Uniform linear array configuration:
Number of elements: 16
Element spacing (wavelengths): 0.25
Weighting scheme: hann
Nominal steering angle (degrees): -60
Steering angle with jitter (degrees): -60.983
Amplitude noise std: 0.05
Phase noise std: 0.05

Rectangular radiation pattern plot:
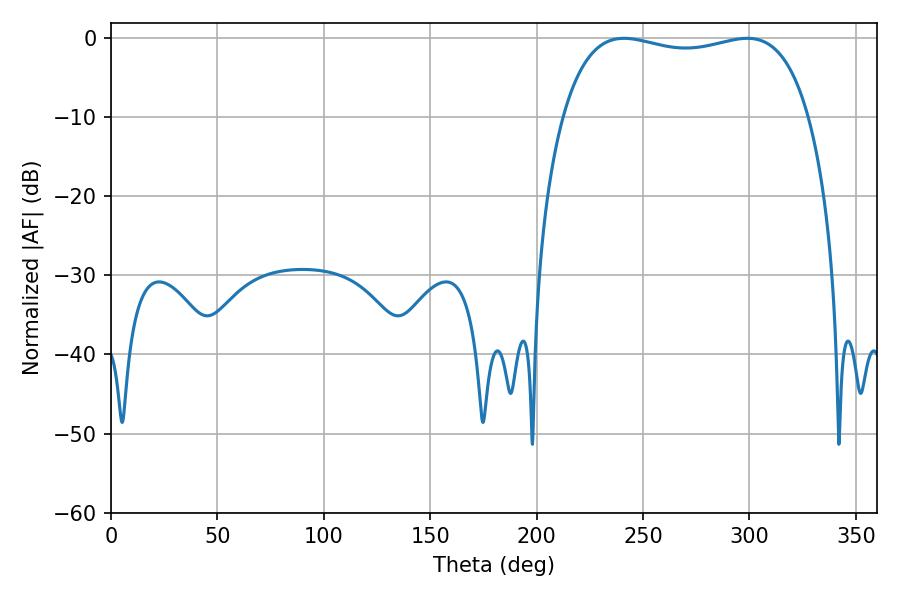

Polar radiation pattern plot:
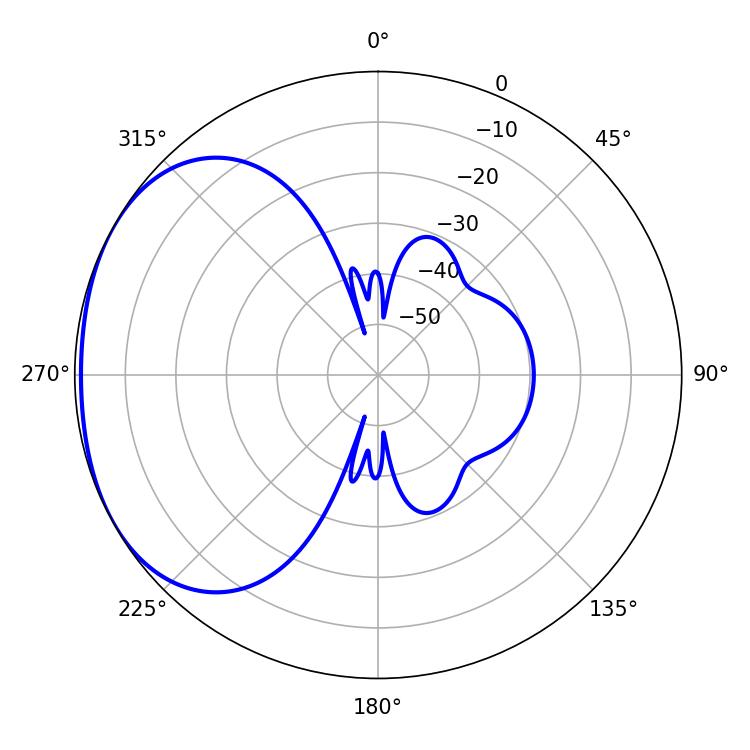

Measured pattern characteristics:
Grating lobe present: FALSE
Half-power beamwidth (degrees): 93.96
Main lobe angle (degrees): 241.02